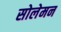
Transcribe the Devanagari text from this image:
सोलेमन